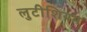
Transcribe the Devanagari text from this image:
लुटीशियम